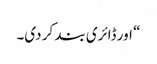
“ اور ڈائری بند کر دی۔